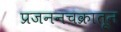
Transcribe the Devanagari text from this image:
प्रजननचक्रातून